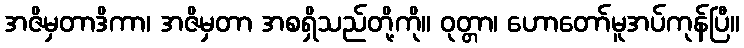
အဇိမှတာဒိကာ၊ အဇိမှတာ အစရှိသည်တို့ကို။ ဝုတ္တာ၊ ဟောတော်မူအပ်ကုန်ပြီ။